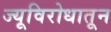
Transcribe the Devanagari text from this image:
ज्यूविरोधातून